Report on lock hospitals in British Burma
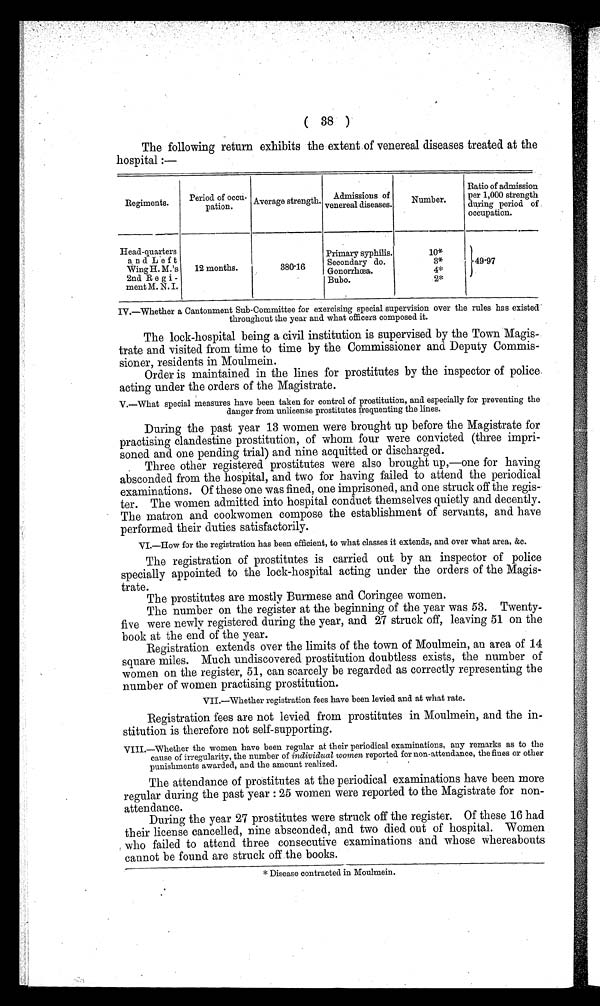
(38)
The following return exhibits the extent of venereal diseases treated at the
hospital :—
Regiments.
Period of occu-
pation.
Average st rength
Admissions of
venereal diseases.
Number.
Ratio of admission
per 1,000 strength
during period of
occupation.
Head-quarters
and left
Wing H. M.'s
2nd R e g i -
ment M. N. I.
12 months.
380.16
Primary syphilis.
10*
Secondary do.
3*
49.97
Gonorrhœa.
4*
Bubo.
2*
IV.—Whether a Cantonment Sub-Committee for exercising special supervision over the rules has existed
throughout the year and what officers composed it.
The lock-hospital being a civil institution is supervised by the Town Magis-
trate and visited from time to time by the Commissioner and Deputy Commis-
sioner, residents in Moulmein.
Order is maintained in the lines for prostitutes by the inspector of police.
acting under the orders of the Magistrate.
V.—What special measures have been taken for control of prostitution, and especially for preventing the
danger from unlicense prostitutes frequenting the lines.
During the past year 13 women were brought up before the Magistrate for
practising clandestine prostitution, of whom four were convicted (three impri-
soned and one pending trial) and nine acquitted or discharged.
Three other registered prostitutes were also brought up,—one for having
absconded from the hospital, and two for having failed to attend the periodical
examinations. Of these one was fined, one imprisoned, and one struck off the regis-
ter. The women admitted into hospital conduct themselves quietly and decently.
The matron and cookwomen compose the establishment of servants, and have
performed their duties satisfactorily.
VI.—How for the registration has been efficient, to what classes it extends, and over what area, &c.
The registration of prostitutes is carried out by an inspector of police
specially appointed to the lock-hospital acting under the orders of the Magis-
trate.
The prostitutes are mostly Burmese and Coringee women.
The number on the register at the beginning of the year was 53. Twenty-
five were newly registered during the year, and 27 struck off, leaving 51 on the
book at the end of the year.
Registration extends over the limits of the town of Moulmein, an area of 14
square miles. Much undiscovered prostitution doubtless exists, the number of
women on the register, 51, can scarcely be regarded as correctly representing the
number of women practising prostitution.
VII.—Whether registration fees have been levied and at what rate.
Registration fees are not levied from prostitutes in Moulmein, and the in-
stitution is therefore not self-supporting.
VIII.—Whether the women have been regular at their periodical examinations, any remarks as to the
cause of irregularity, the number of individual women reported for non-attendance, the fines or other
punishments awarded, and the amount realized.
The attendance of prostitutes at the periodical examinations have been more
regular during the past year : 25 women were reported to the Magistrate for non-
attendance.
During the year 27 prostitutes were struck off the register. Of these 16 had
their license cancelled, nine absconded, and two died out of hospital. Women
who failed to attend three consecutive examinations and whose whereabouts
cannot be found are struck off .the books.
* Disease contracted in Moulmein.